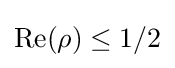
\operatorname {Re} (\rho )\leq 1/2